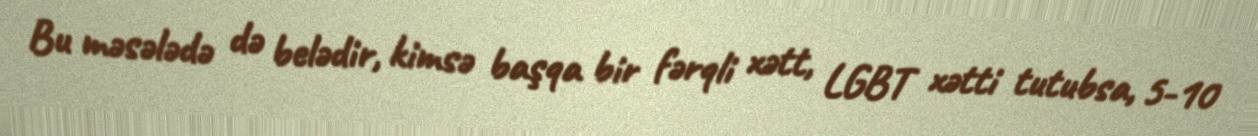
Bu məsələdə də belədir, kimsə başqa bir fərqli xətt, LGBT xətti tutubsa, 5-10